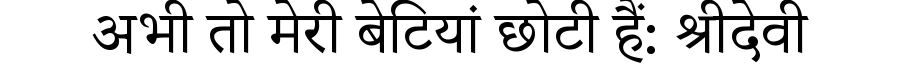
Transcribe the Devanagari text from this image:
अभी तो मेरी बेटियां छोटी हैं: श्रीदेवी